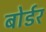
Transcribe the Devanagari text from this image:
बोर्डर